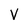
Character: V